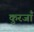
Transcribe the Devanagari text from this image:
कुरजाँ